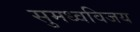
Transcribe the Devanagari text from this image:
सुमध्वविजय